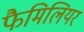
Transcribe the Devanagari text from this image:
फैमिलियर